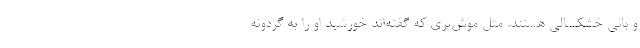
و بانی خشکسالی هستند. مثل موش‌پری که گفته‌اند خورشید او را به گردونه